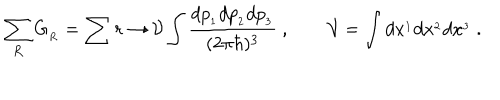
\sum _ { R } G _ { _ R } = \sum r \rightarrow { \cal V } \int { \frac { d p _ { _ 1 } d p _ { _ 2 } d p _ { _ 3 } } { ( 2 \pi \hbar ) ^ { 3 } } } \ , \qquad { \cal V } = \int d x ^ { _ 1 } d x ^ { _ 2 } d x ^ { _ 3 } \ .